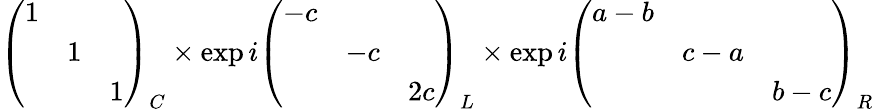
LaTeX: \left(\begin{array}{ccc}{{1}}&{{}}&{{}}\\ {{}}&{{1}}&{{}}\\ {{}}&{{}}&{{1}}\end{array}\right)_{C}\times\exp i\left(\begin{array}{ccc}{{-c}}&{{}}&{{}}\\ {{}}&{{-c}}&{{}}\\ {{}}&{{}}&{{2c}}\end{array}\right)_{L}\times\exp i\left(\begin{array}{ccc}{{a-b}}&{{}}&{{}}\\ {{}}&{{c-a}}&{{}}\\ {{}}&{{}}&{{b-c}}\end{array}\right)_{R}